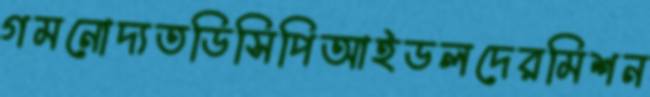
গমনোদ্যতডিসিপিআইডলদেরমিশন